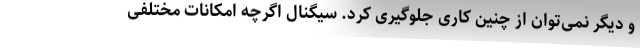
و دیگر نمی‌توان از چنین کاری جلوگیری کرد. سیگنال اگرچه امکانات مختلفی